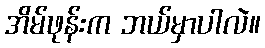
အိမ်ဖုန်းက ဘယ်မှာပါလဲ။